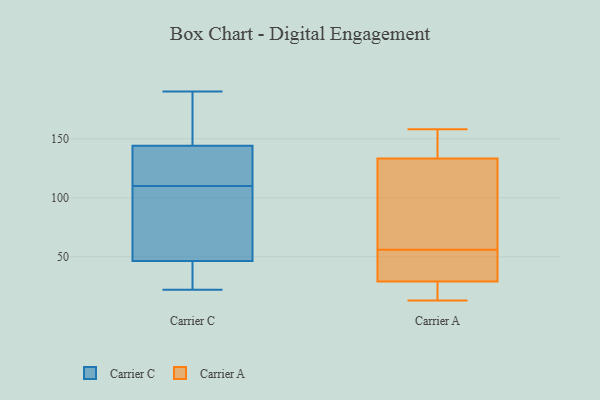
{"axis": {"x": "Gross Profit (USD K)", "y": "Value"}, "legend": ["Carrier A", "Carrier C"], "data": [{"x": "", "y": 37, "type": "Carrier C"}, {"x": "", "y": 44, "type": "Carrier C"}, {"x": "", "y": 141, "type": "Carrier C"}, {"x": "", "y": 190, "type": "Carrier C"}, {"x": "", "y": 54, "type": "Carrier C"}, {"x": "", "y": 141, "type": "Carrier C"}, {"x": "", "y": 149, "type": "Carrier C"}, {"x": "", "y": 145, "type": "Carrier C"}, {"x": "", "y": 88, "type": "Carrier C"}, {"x": "", "y": 22, "type": "Carrier C"}, {"x": "", "y": 110, "type": "Carrier C"}, {"x": "", "y": 149, "type": "Carrier A"}, {"x": "", "y": 102, "type": "Carrier A"}, {"x": "", "y": 32, "type": "Carrier A"}, {"x": "", "y": 119, "type": "Carrier A"}, {"x": "", "y": 158, "type": "Carrier A"}, {"x": "", "y": 40, "type": "Carrier A"}, {"x": "", "y": 34, "type": "Carrier A"}, {"x": "", "y": 24, "type": "Carrier A"}, {"x": "", "y": 149, "type": "Carrier A"}, {"x": "", "y": 28, "type": "Carrier A"}, {"x": "", "y": 83, "type": "Carrier A"}, {"x": "", "y": 139, "type": "Carrier A"}, {"x": "", "y": 20, "type": "Carrier A"}, {"x": "", "y": 50, "type": "Carrier A"}, {"x": "", "y": 13, "type": "Carrier A"}, {"x": "", "y": 138, "type": "Carrier A"}, {"x": "", "y": 114, "type": "Carrier A"}, {"x": "", "y": 24, "type": "Carrier A"}, {"x": "", "y": 56, "type": "Carrier A"}]}